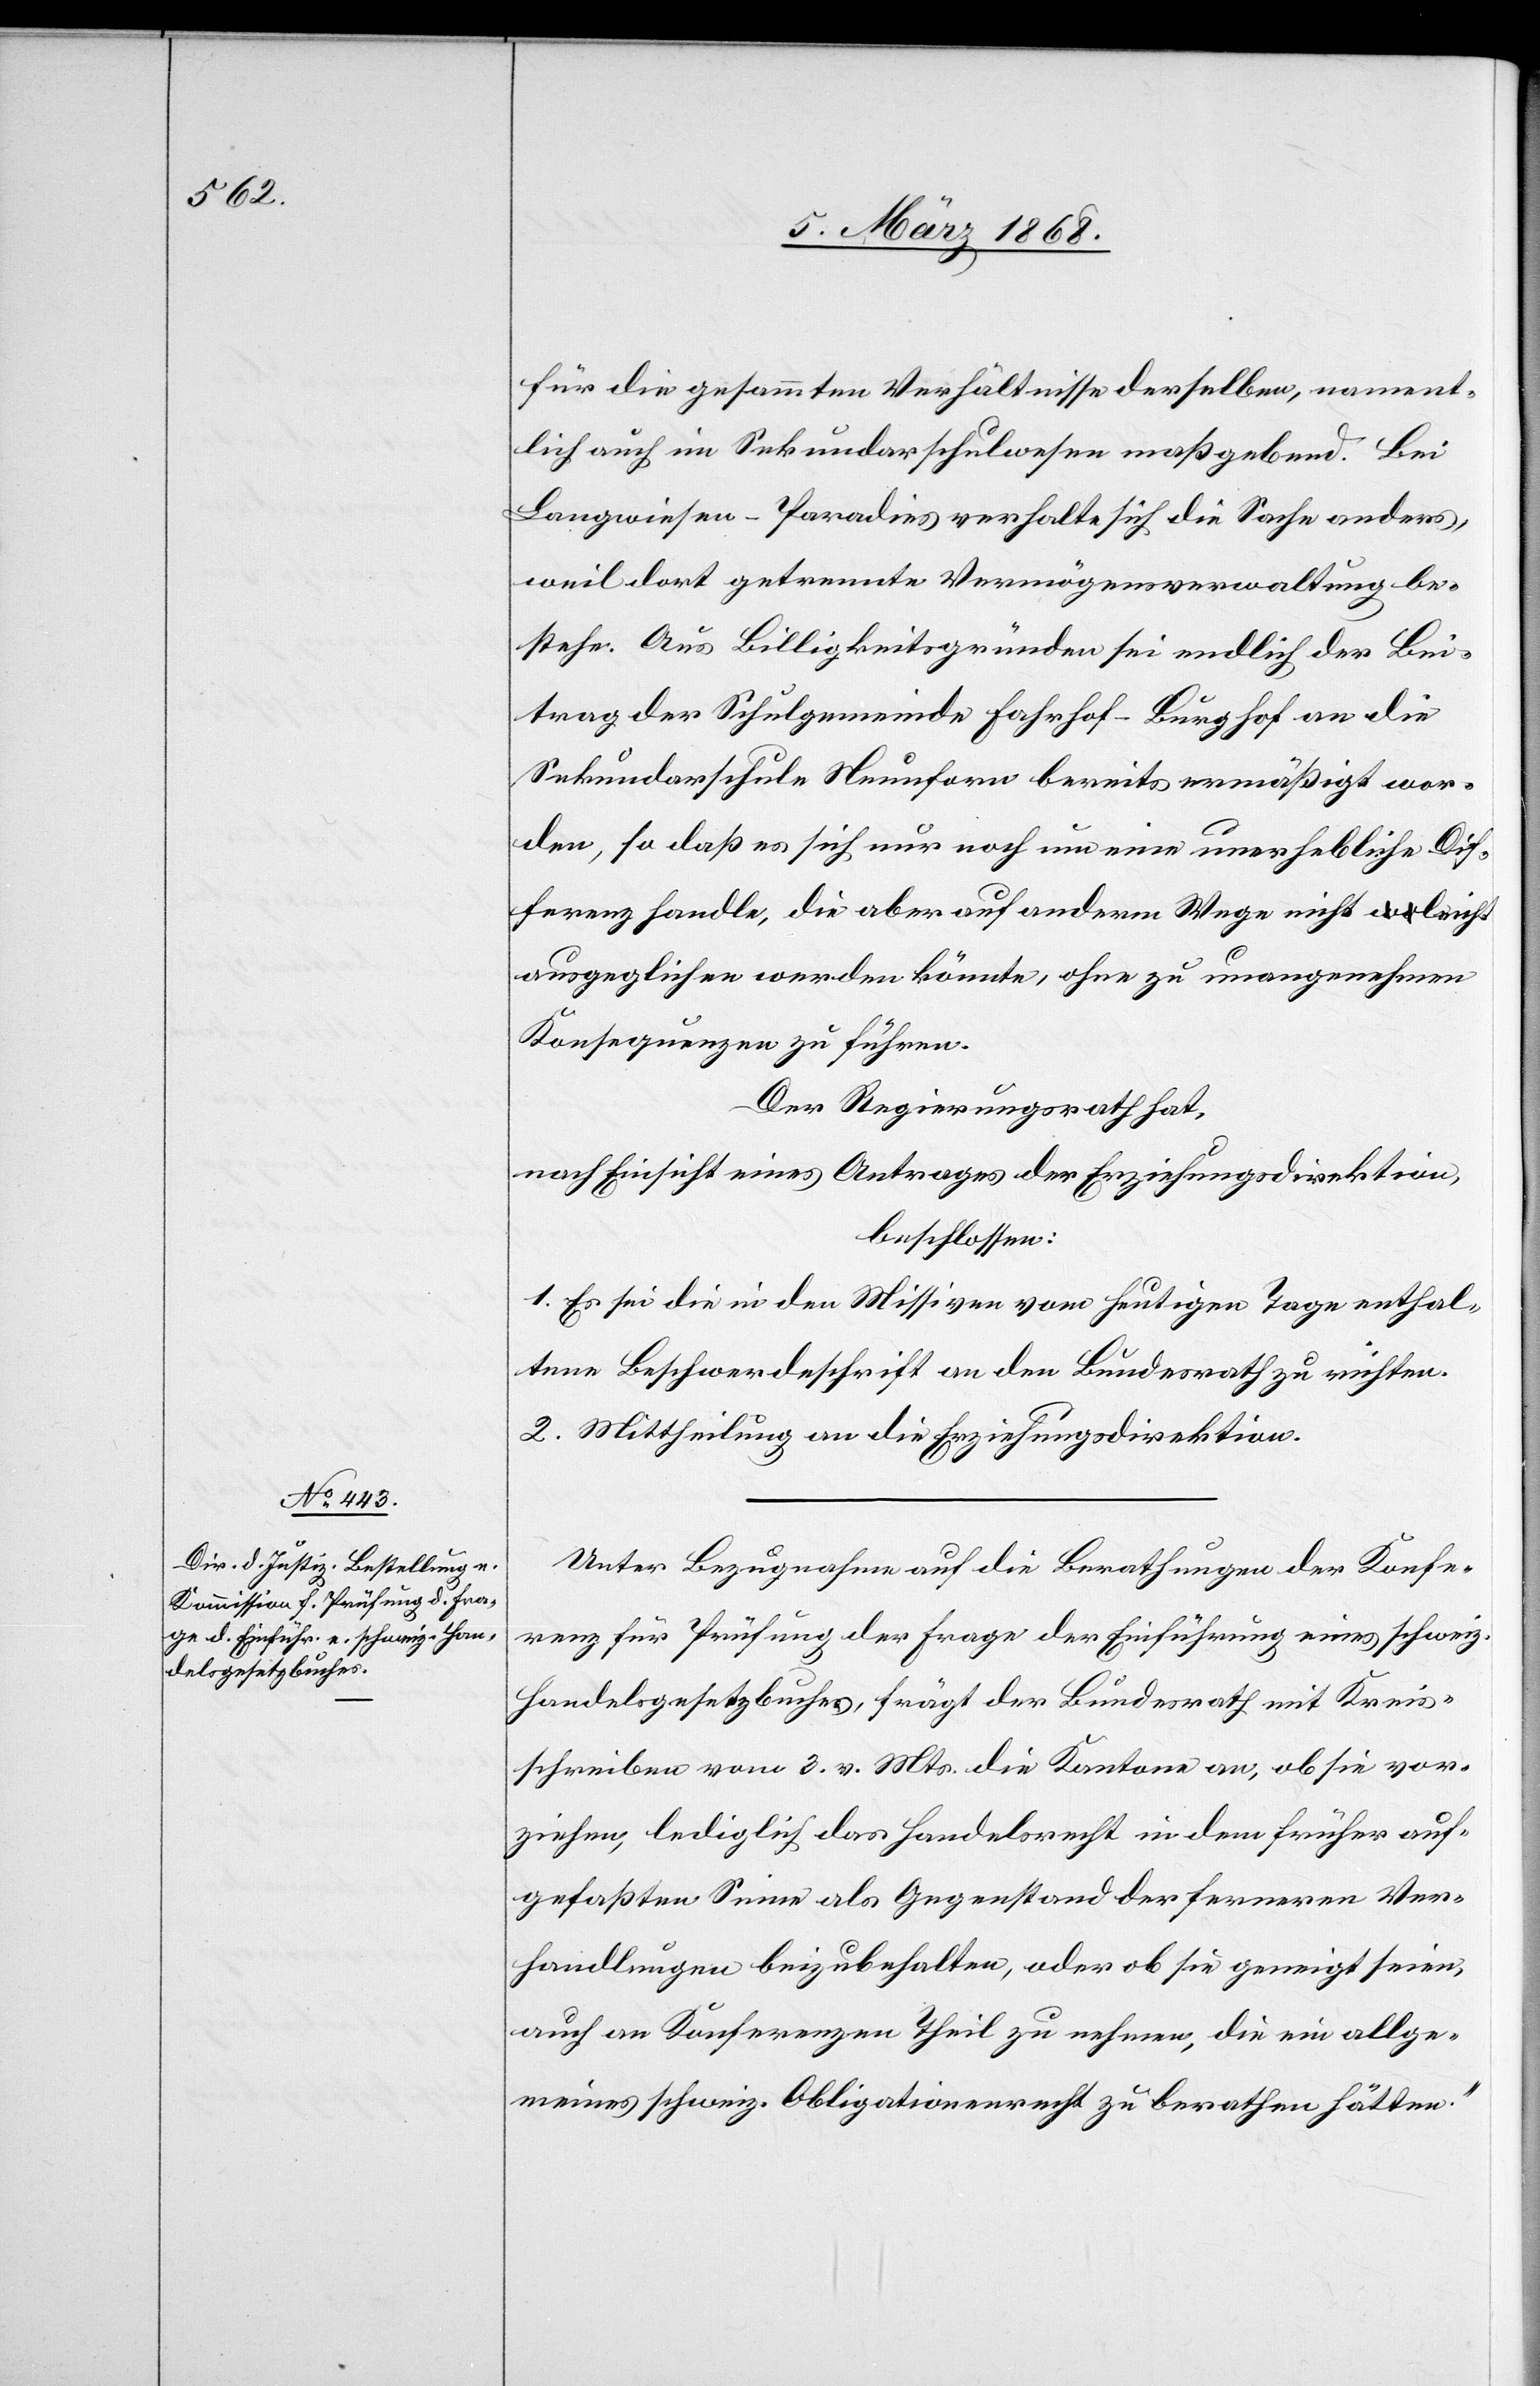
für die gesammten Verhältnisse derselben, nament¬
lich auch im Sekundarschulwesen maßgebend. Bei
Langwiesen-Paradies verhalte sich die Sache anders,
weil dort getrennte Vermögensverwaltung be¬
stehe. Aus Billigkeitsgründen sei endlich der Bei¬
trag der Schulgemeinde Fahrhof-Burghof an die
Sekundarschule Neunforn bereits ermäßigt wor¬
den, so daß es sich nur noch um eine unerhebliche Dif¬
ferenz handle, die aber auf anderm Wege nicht leicht
ausgeglichen werden könnte, ohne zu unangenehmen
Konsequenzen zu führen.
Der Regierungsrath hat,
nach Einsicht eines Antrages der Erziehungsdirektion,
beschlossen:
1. Es sei die in den Missiven vom heutigen Tage enthal¬
tene Beschwerdeschrift an den Bundesrath zu richten.
2. Mittheilung an die Erziehungsdirektion.
Unter Bezugnahme auf die Berathungen der Konfe¬
renz für Prüfung der Frage der Einführung eines schweiz.
Handelsgesetzbuches, frägt der Bundesrath mit Kreis¬
schreiben vom 3. v. Mts. die Kantone an, [„]ob sie vor¬
ziehen, lediglich das Handelsrecht in dem früher auf¬
gefaßten Sinne als Gegenstand der ferneren Ver¬
handlungen beizubehalten, oder ob sie geneigt seien,
auch an Konferenzen Theil zu nehmen, die ein allge¬
meines schweiz. Obligationenrecht zu berathen hätten.“